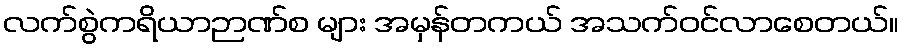
လက်စွဲကရိယာဉာဏ်စ များ အမှန်တကယ် အသက်ဝင်လာစေတယ်။